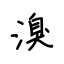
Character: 溴